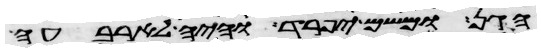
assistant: הגן ומשם יפרד והיה לארבעה